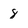
Character: 8